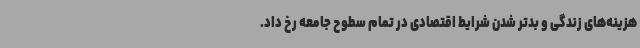
هزینه‌های زندگی و بدتر شدن شرایط اقتصادی در تمام سطوح جامعه رخ داد.